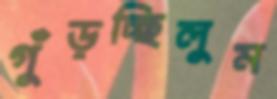
গুঁড়চ্ছিলুম